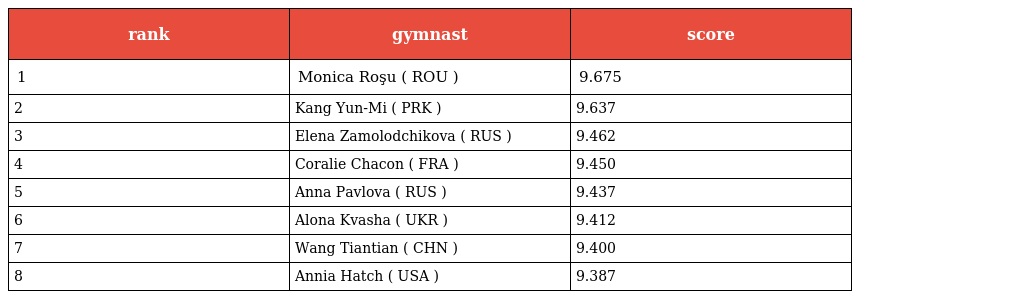
| rank | gymnast | score |
 | --- | --- | --- |
 | 1 | Monica Roşu ( ROU ) | 9.675 |
 | 2 | Kang Yun-Mi ( PRK ) | 9.637 |
 | 3 | Elena Zamolodchikova ( RUS ) | 9.462 |
 | 4 | Coralie Chacon ( FRA ) | 9.450 |
 | 5 | Anna Pavlova ( RUS ) | 9.437 |
 | 6 | Alona Kvasha ( UKR ) | 9.412 |
 | 7 | Wang Tiantian ( CHN ) | 9.400 |
 | 8 | Annia Hatch ( USA ) | 9.387 |